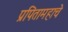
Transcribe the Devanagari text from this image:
प्रपितामहाचे